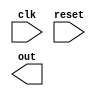
module behavioral_block (
  input wire clk,
  input wire reset,
  output reg out
);

always @(posedge clk, negedge clk) begin
  if (!reset) begin
    // block behavior
  end
end

endmodule